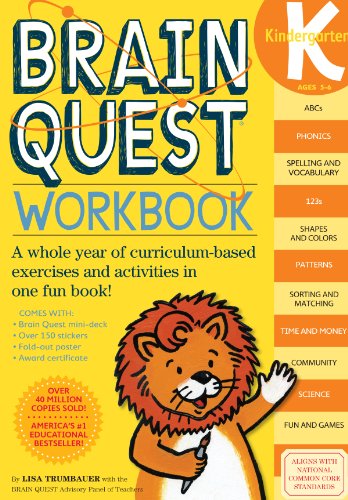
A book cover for Brain Quest Workbook: Kindergarten; Lisa Trumbauer; Children's Books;